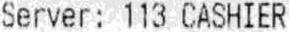
SERVER: 113 CASHIER